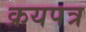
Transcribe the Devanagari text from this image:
क्रयपत्र